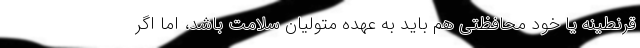
قرنطینه یا خود محافظتی هم باید به عهده متولیان سلامت باشد، اما اگر